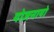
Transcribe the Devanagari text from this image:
योजनायो